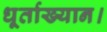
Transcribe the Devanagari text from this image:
धूर्ताख्यान।